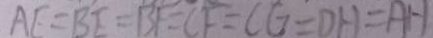
A E = B F = B F = C F = C G = D H = A H